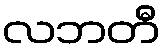
လဘတီ